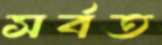
সর্বত